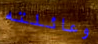
وعائلته